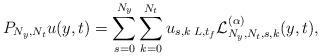
LaTeX: \begin{align*}{P_{{N_y},{N_t}}}u (y,t) = \sum\limits_{s = 0}^{{N_y}} {\sum\limits_{k = 0}^{{N_t}} {{u _{s,k}}\,{}_{L,t_f }\mathcal{L} _{{N_y},{N_t},s,k}^{(\alpha )}(y,t)} } ,\end{align*}